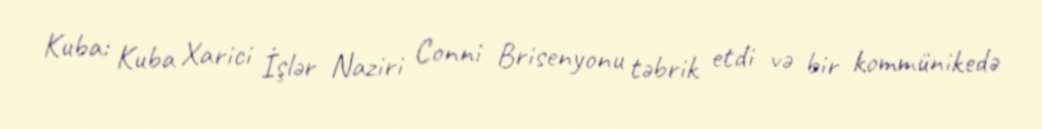
Kuba: Kuba Xarici İşlər Naziri Conni Brisenyonu təbrik etdi və bir kommünikedə